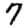
Digit: 7